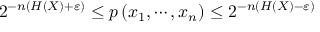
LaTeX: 2 ^ { - n ( H ( X ) + \varepsilon ) } \leq p \left( x _ { 1 } , \cdots , x _ { n } \right) \leq 2 ^ { - n ( H ( X ) - \varepsilon ) }